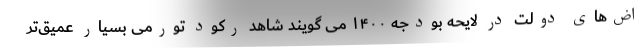
اض‌های دولت در لایحه بودجه ۱۴۰۰ می گویند شاهد رکود تورمی بسیار عمیق‌تر